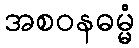
အစဝနဓမ္မံ